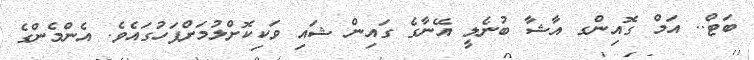
ބަޓް.. އަމް ގޮއިންގ އާޝާ ބުނެލީ އޭނާގެ ގައިން ޝައި ވަކިކޮށްލުމަށްފަހުގައެވެ. އެންމެންގެ